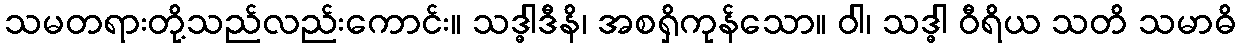
သမတရားတို့သည်လည်းကောင်း။ သဒ္ဓါဒီနိ၊ အစရှိကုန်သော။ ဝါ၊ သဒ္ဓါ ဝီရိယ သတိ သမာဓိ